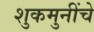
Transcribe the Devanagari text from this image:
शुकमुनींचे